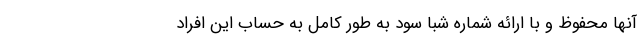
آنها محفوظ و با ارائه شماره شبا سود به طور کامل به حساب این افراد